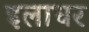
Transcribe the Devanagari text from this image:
इलाधर